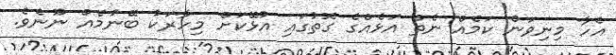
އެހާ މިނިވަން ކަމެއް ނެތް އަޅެއްގެ ގޮތުގައި އުޅޭކަށް މިހާރަކު ބޭނުމެއް ނޫނެވެ.